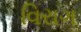
વિરાગ